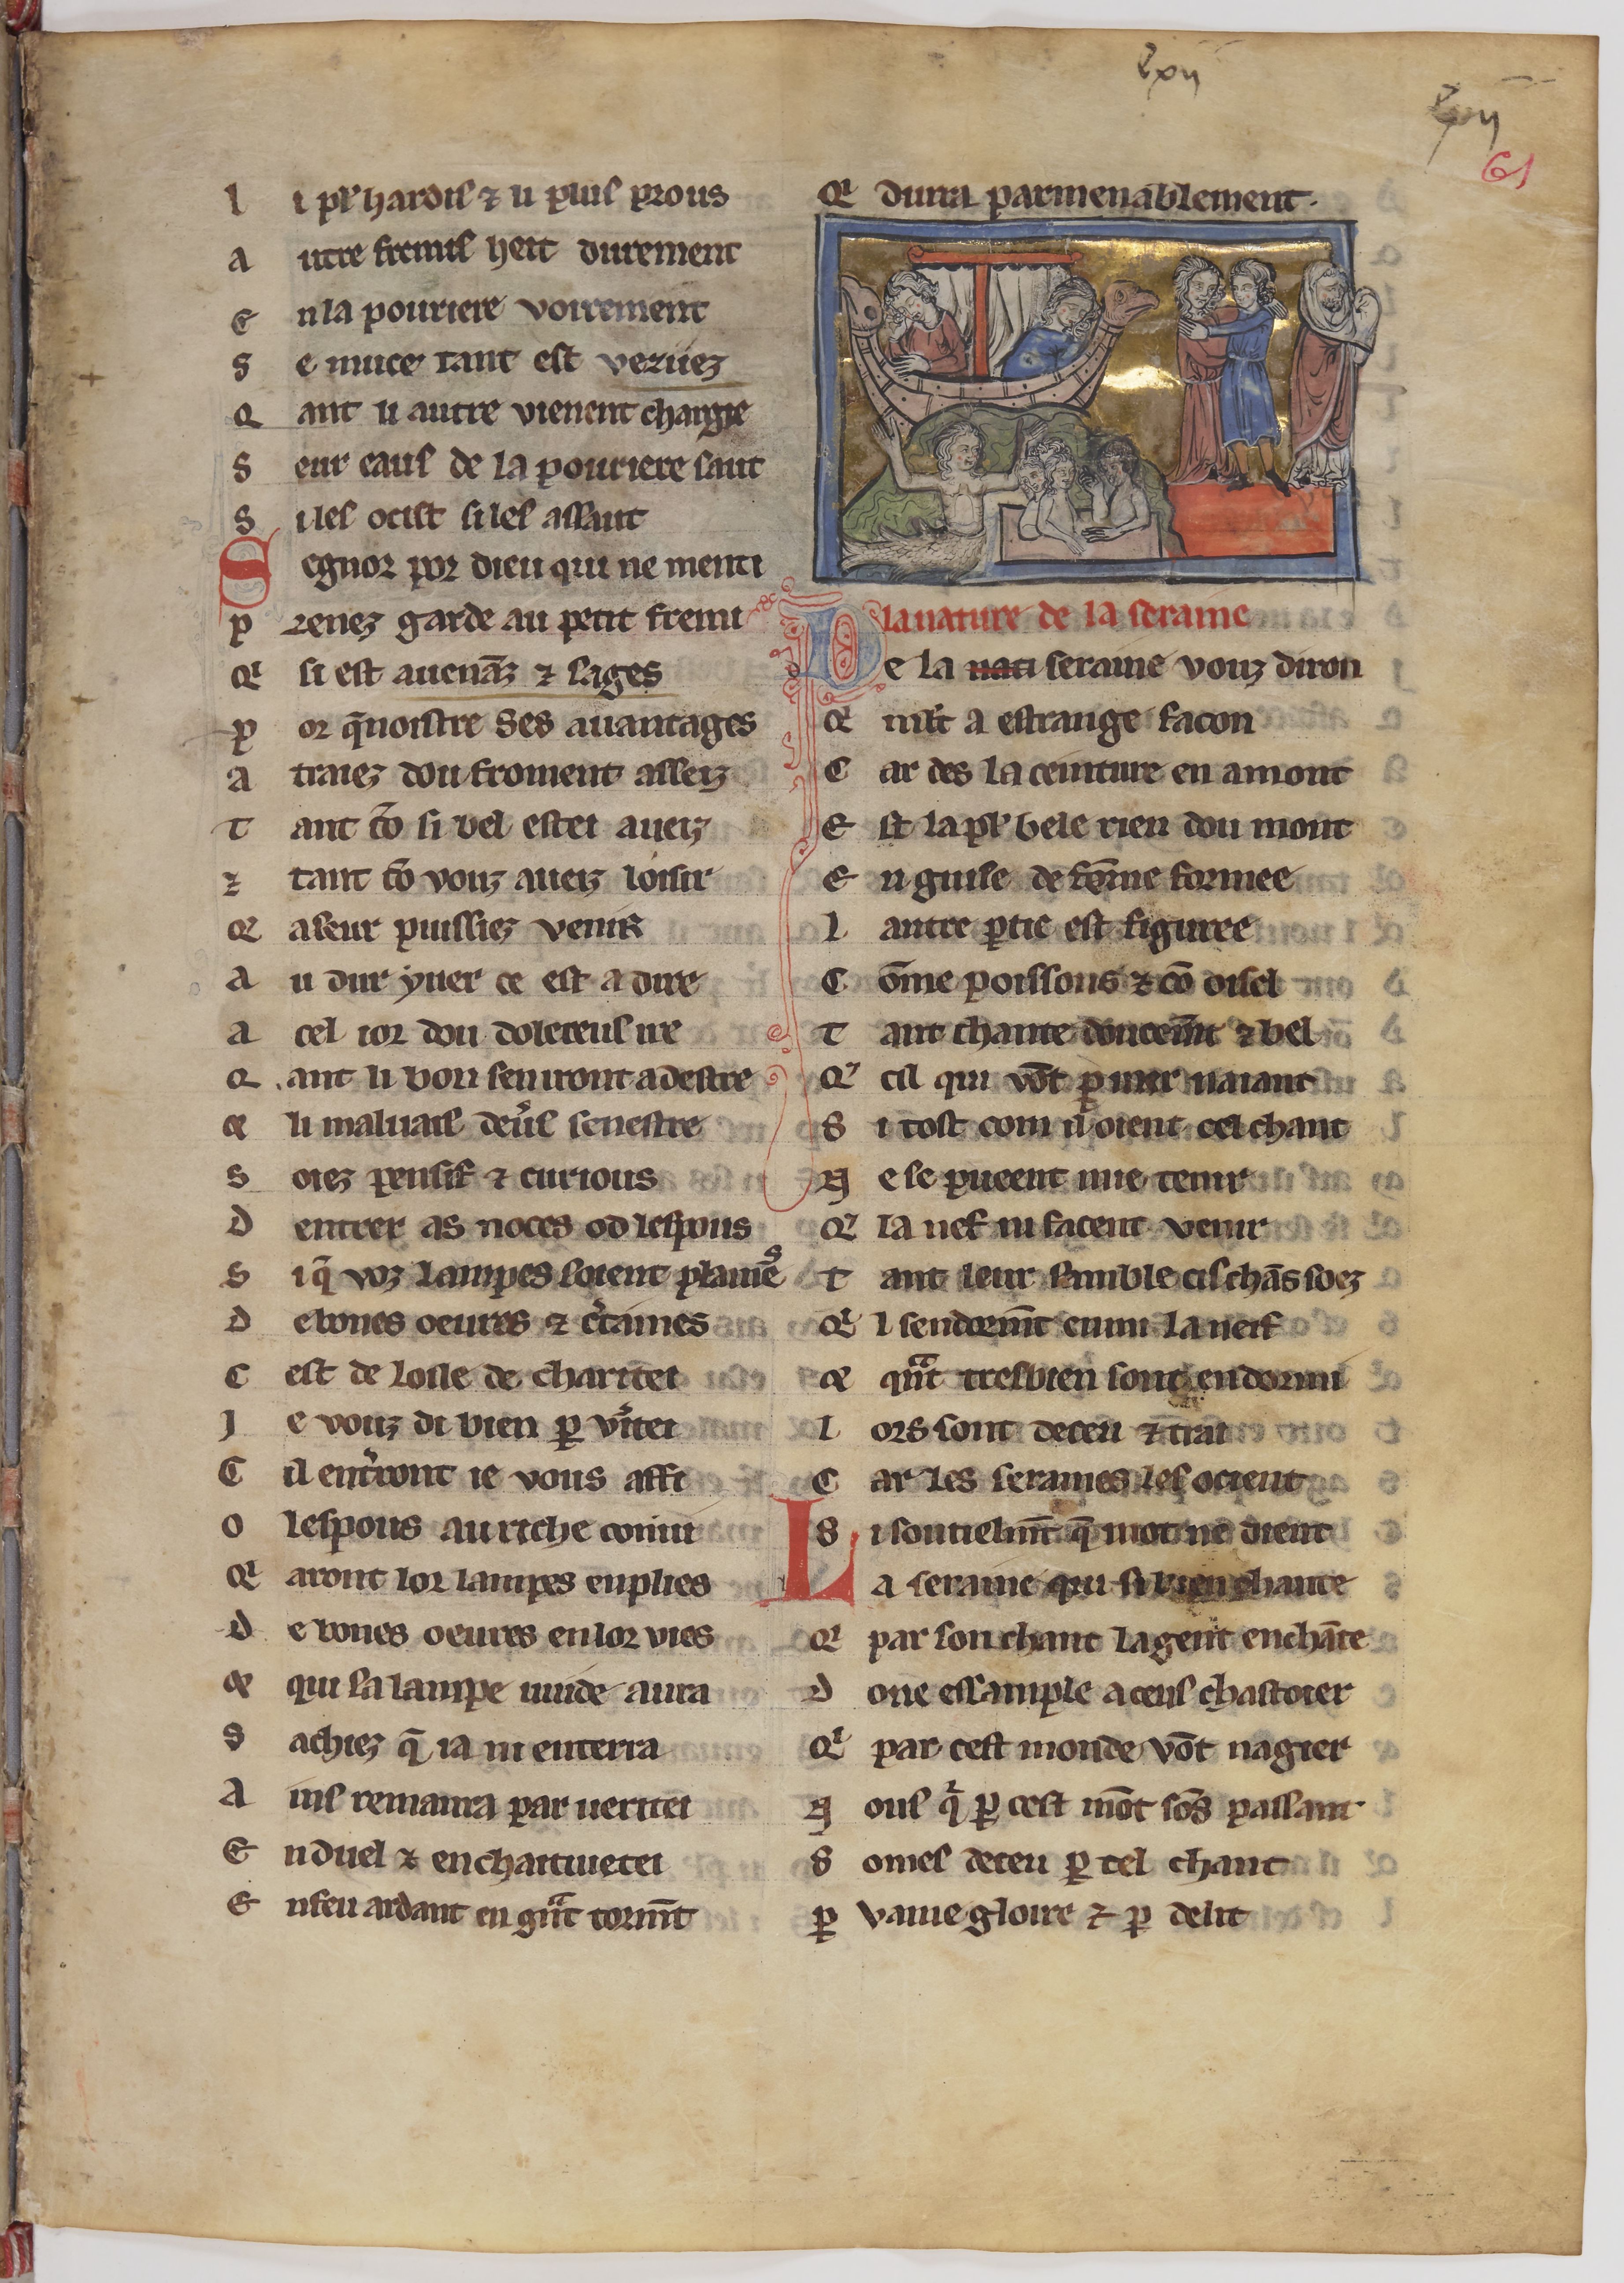
Shelfmark: Paris, BnF, fr. 24428
Century: 13